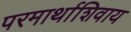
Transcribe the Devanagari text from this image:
परमार्थाशिवाय